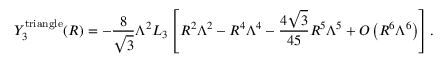
Y _ { 3 } ^ { \mathrm { t r i a n g l e } } ( R ) = - \frac { 8 } { \sqrt 3 } \Lambda ^ { 2 } L _ { 3 } \left[ R ^ { 2 } \Lambda ^ { 2 } - R ^ { 4 } \Lambda ^ { 4 } - \frac { 4 \sqrt 3 } { 4 5 } R ^ { 5 } \Lambda ^ { 5 } + { \cal O } \left( R ^ { 6 } \Lambda ^ { 6 } \right) \right] .